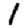
Digit: 1